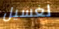
لغسيل